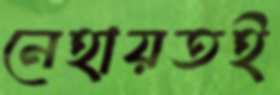
নেহায়তই